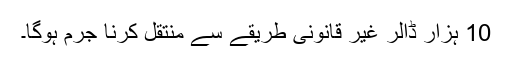
10 ہزار ڈالر غیر قانونی طریقے سے منتقل کرنا جرم ہوگا۔